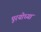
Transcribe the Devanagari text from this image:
पूरयोध्या